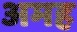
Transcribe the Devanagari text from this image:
अमह